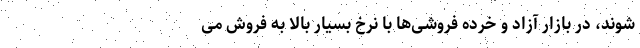
‌شوند، در بازار آزاد و خرده فروشی‌ها با نرخ بسیار بالا به فروش می